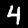
Digit: 4